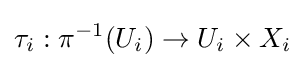
\tau _{i}:\pi ^{-1}(U_{i})\to U_{i}\times X_{i}